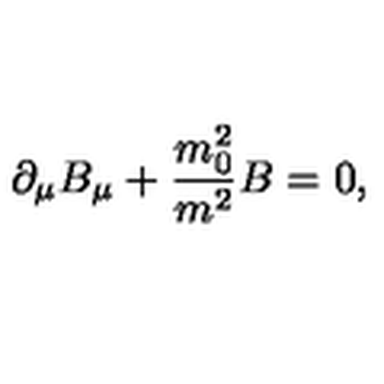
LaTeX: \partial _ { \mu } B _ { \mu } + \frac { m _ { 0 } ^ { 2 } } { m ^ { 2 } } B = 0 ,